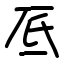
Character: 厎